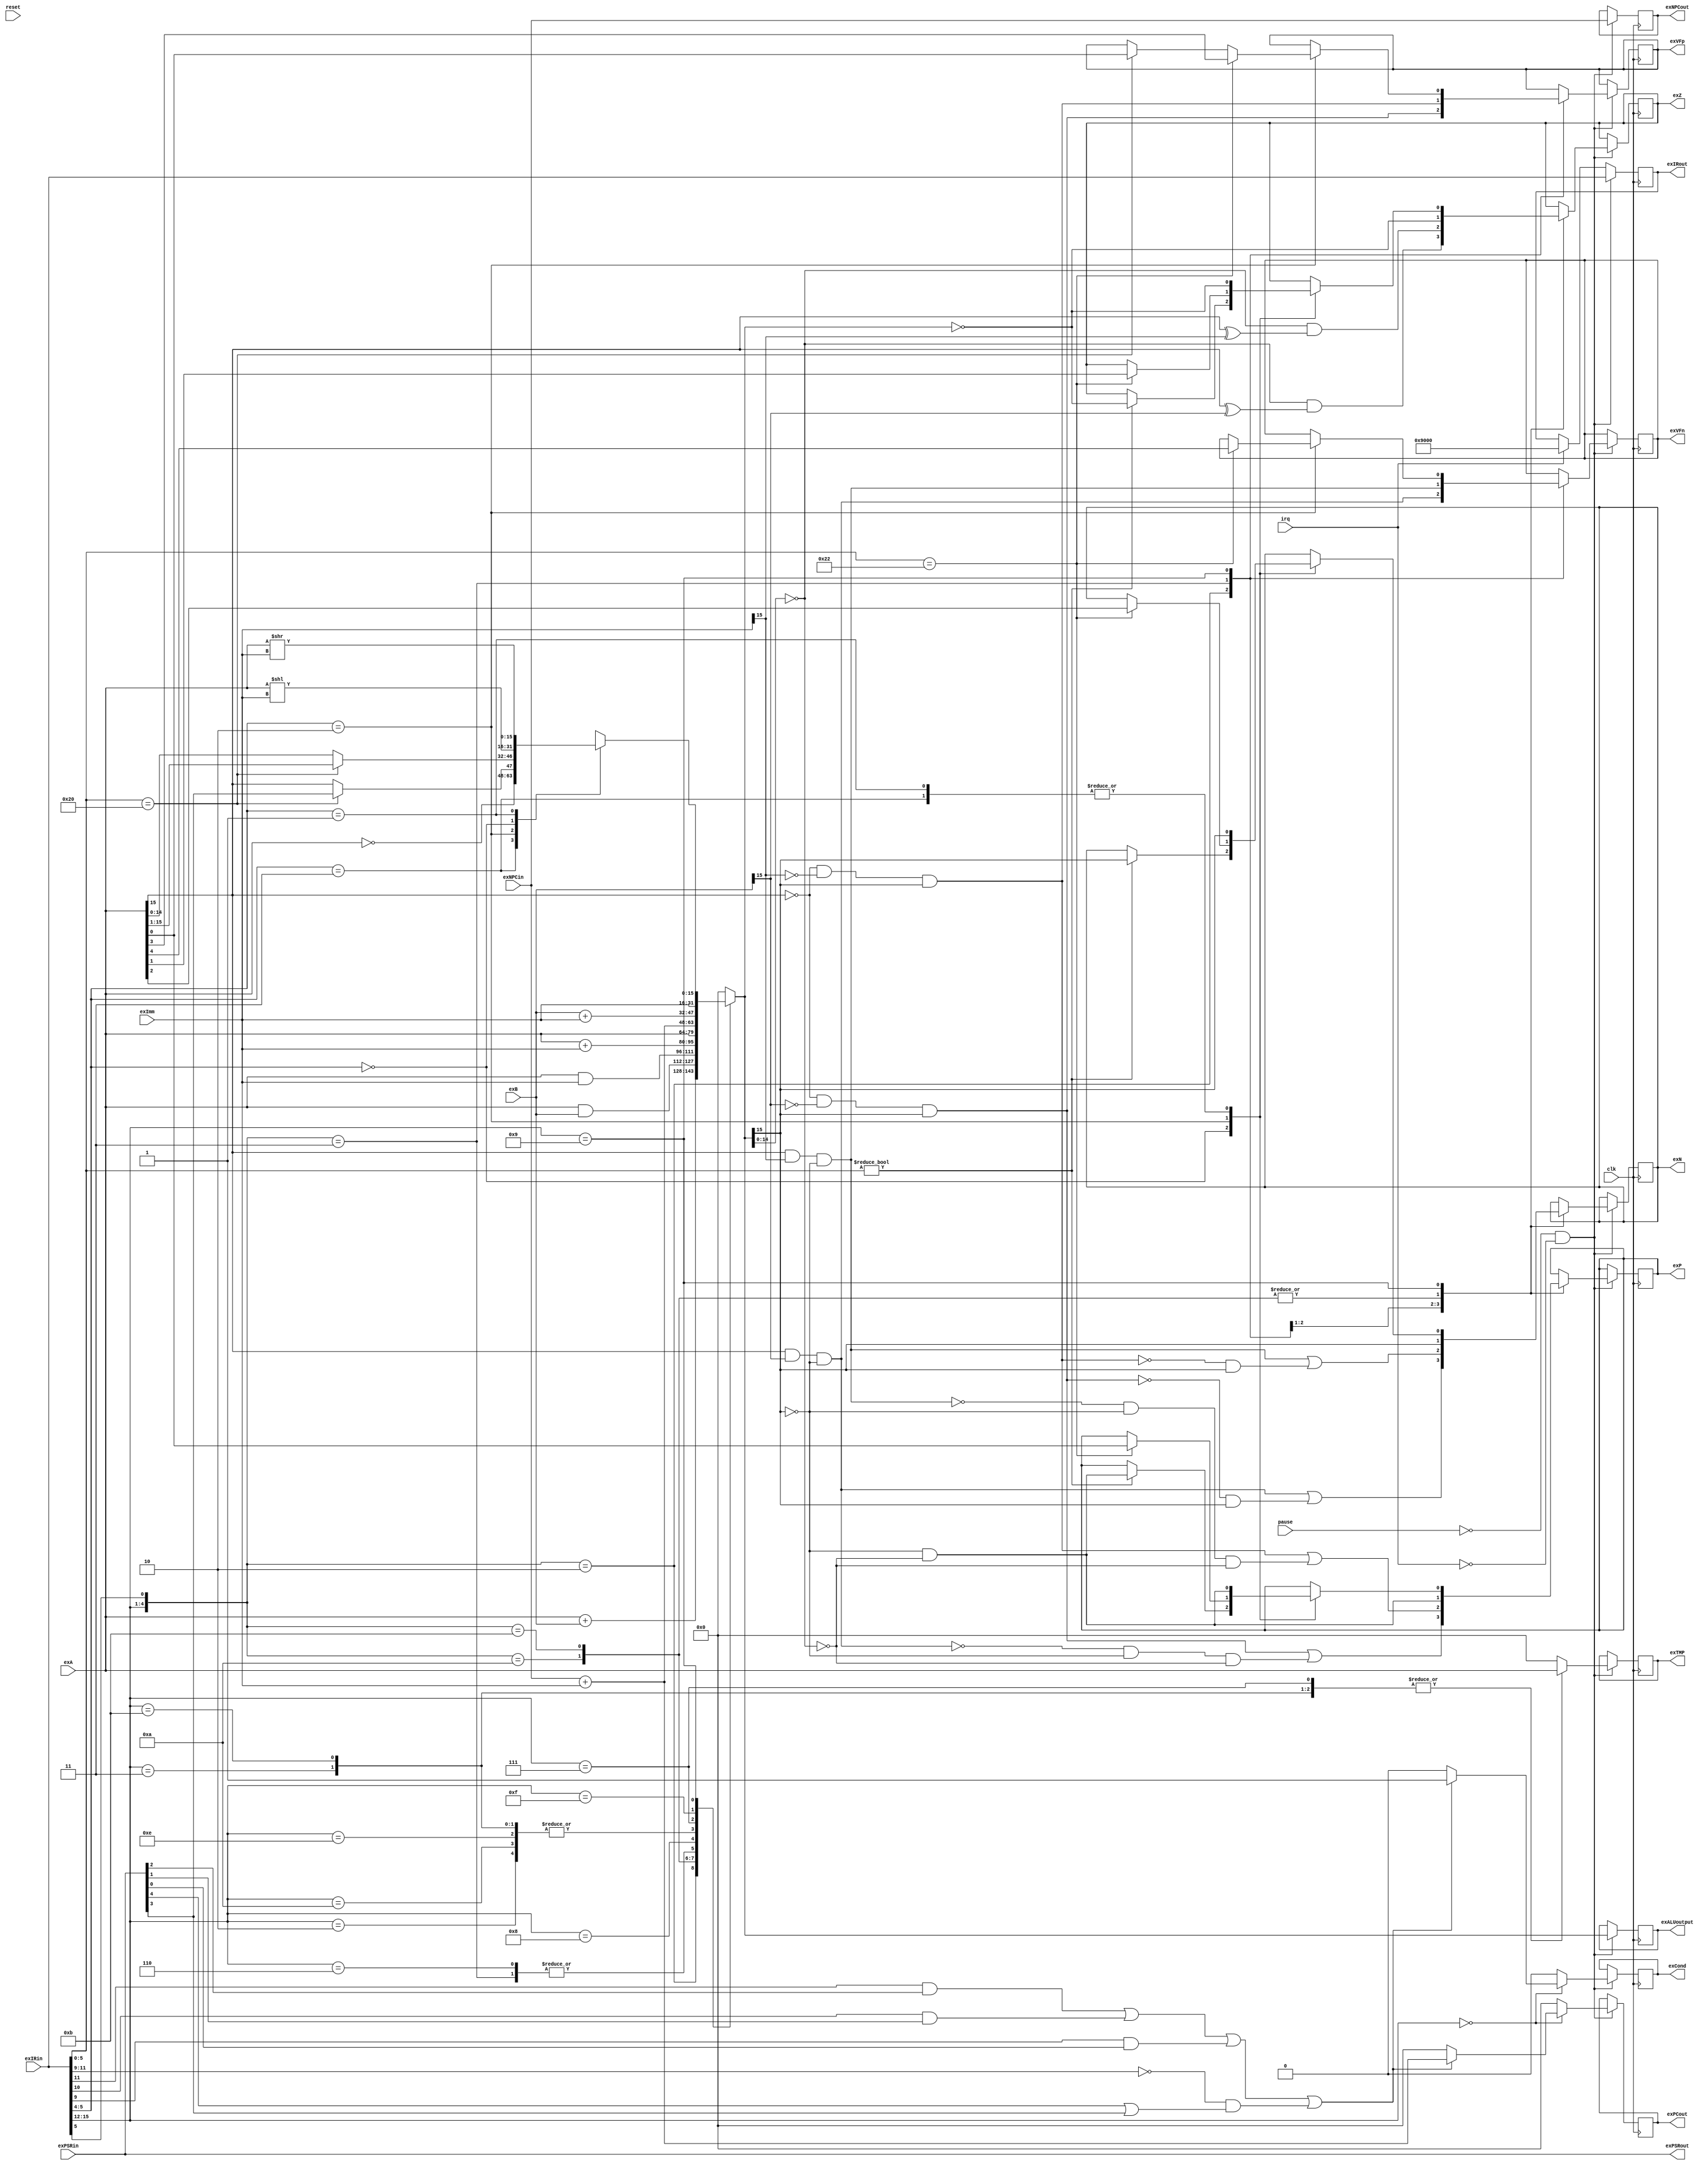
/*
 *   
 * PB10011041  
 */
module EX(clk, reset, irq, pause, exA, exB, exImm, exIRin, exNPCin,
		  exPSRin,	//for BR RRS
		  exIRout, exNPCout, exALUoutput, exTMP,
		  exN, exZ, exP, exVFn, exVFp, exCond, exPCout, exPSRout);

	input clk, reset, irq, pause;
	input [15:0] exA, exB, exImm;
	input [15:0] exIRin, exNPCin;
	input [15:0] exPSRin;
	output [15:0] exIRout, exNPCout;
	output [15:0] exALUoutput, exTMP;
	output exN, exZ, exP, exVFn, exVFp;
	output exCond;
	output [15:0] exPCout;
	
	output [15:0] exPSRout;
	
	assign exPSRout = exPSRin;
	
	reg [15:0] exIRout;
	reg [15:0] exNPCout;
	reg [15:0] result, TMP;
	reg [15:0] exALUoutput, exTMP;
	reg exN, exZ, exP, exVFn, exVFp;
	reg exCond;
	reg [15:0] exPCout;
	reg Cond;
	reg [15:0] PCout;

	always @(posedge clk)
	begin
		if (pause == 1'b0 && irq == 1'b0)
		begin
		exNPCout <= exNPCin;
		exIRout <= exIRin;
		exALUoutput <= result;
		exTMP <= TMP;
		exCond <= Cond;
		exPCout <= PCout;
		casex({exIRin[15:12], exIRin[5]})
			5'b0001_0:		//ADD
			begin
                exVFn  <=    exA[15] &  exB[15] & !result[15];
                exN    <=   (exA[15] &  exB[15] & !result[15])
                       	 | (!(!exA[15] & !exB[15] &  result[15]) & result[15]);
                exVFp  <=    !exA[15] & !exB[15] &  result[15];
                exP    <=   (!exA[15] & !exB[15] &  result[15])  
                         | (!(exA[15] &  exB[15] & !result[15]) & !result[15] & !(result[14:0]==0));     
                exZ    <= (result[14:0]==0) & (exA[15] ^ exB[15]);
			end
			5'b0001_1:		//ADDI
			begin
                exVFn  <=    exA[15] &  exImm[15] & !result[15];
                exN    <=   (exA[15] &  exImm[15] & !result[15])
                       	| (!(!exA[15] & !exImm[15] &  result[15]) & result[15]);
                exVFp  <=    !exA[15] & !exImm[15] &  result[15];
                exP    <=   (!exA[15] & !exImm[15] &  result[15])  
                       	| (!(exA[15] &  exImm[15] & !result[15]) & !result[15] & !(result[14:0]==0));     
                exZ    <= (result[14:0]==0) & (exA[15] ^ exImm[15]);
			end
			5'b0101_0:		//AND
			begin
				exN <= result[15];
             	exZ <= (result[15:0]==0);
             	exP <= !result[15] & !(result[14:0]==0);
			end
			5'b0101_1:		//ANDI
			begin
				exN <= result[15];
             	exZ <= (result[15:0]==0);
             	exP <= !result[15] & !(result[14:0]==0);
			end
			5'b1001_x:
			begin
				case(exIRin[5:4])
				2'b11:		//NOT
				begin
					exN <= result[15];
             		exZ <= (result[15:0]==0);
             		exP <= !result[15] & !(result[14:0]==0);
				end
				2'b00:		//LS NOP
				begin
					if (exIRin[5:0] != 6'b000000)
					begin
						exN <= result[15];
	             		exZ <= (result[15:0]==0);
	             		exP <= !result[15] & !(result[14:0]==0);
					end
				end
				2'b10:		//DPS WPS RRS
				begin		//RRS should consider the PSR
					if (exIRin[5:0] == 6'b100000)	//RRS
					begin
						exVFp <= exA[0];
					end
					if (exIRin[5:0] == 6'b100010)	//WPS
					begin
						exVFn <= exA[4];
						exVFp <= exA[3];
						exN <= exA[2];
						exZ <= exA[1];
						exP <= exA[0];
					end
				end
				2'b01:		//RS
				begin
					exN <= result[15];
             		exZ <= (result[15:0]==0);
             		exP <= !result[15] & !(result[14:0]==0);
				end
				endcase
			end
		endcase
		end
		else if (irq == 1'b1)
			exIRout <= 16'h9000;
	end

	always @(exA or exB or exImm or exIRin or exNPCin or exPSRin)
	begin
		casex({exIRin[15:12], exIRin[5]})
			5'b0001_0:		//ADD
			begin
				Cond = 1'b0;
				PCout = 16'h0;
				result = exA + exB;
				TMP = 16'h0;
			end
			5'b0001_1:		//ADDI
			begin
				Cond = 1'b0;
				PCout = 16'h0;
				result = exA + exImm;
				TMP = 16'h0;
			end
			5'b0101_0:		//AND
			begin
				Cond = 1'b0;
				PCout = 16'h0;
				result = exA & exB;
				TMP = 16'h0;
			end
			5'b0101_1:		//ANDI
			begin
				Cond = 1'b0;
				PCout = 16'h0;
				result = exA & exImm;
				TMP = 16'h0;
			end
			5'b0000_x:	//BR
			begin
				TMP = 16'h0;
				result = 16'h0;
				if ((exIRin[11] == 1'b1 && exPSRin[2] == 1'b1) 
						 || (exIRin[10] == 1'b1 && exPSRin[1] == 1'b1) 
						 || (exIRin[9] == 1'b1 && exPSRin[0] == 1'b1)
			         	 || ((exIRin[11:9] == 3'b000) && (exPSRin[4] == 1'b1 || exPSRin[3] == 1'b1))
						)
					begin
						Cond = 1'b1;
						PCout = exNPCin + exImm;
					end
				else
					begin
						Cond = 1'b0;
						PCout = 16'h0;
					end
			end
			5'b0010_x:	//LD
			begin
				Cond = 1'b0;
				PCout = 16'h0;
				result = exNPCin + exImm;
				TMP = 16'h0;
			end
			5'b1010_x:	//LDI
			begin
				Cond = 1'b0;
				PCout = 16'h0;
				result = exNPCin + exImm;
				TMP = 16'h0;
			end
			5'b0110_x:	//LDR
			begin
				Cond = 1'b0;
				PCout = 16'h0;
				result = exA + exImm;
				TMP = 16'h0;
			end
			5'b1110_x:	//LEA
			begin
				Cond = 1'b0;
				PCout = 16'h0;
				result = exNPCin + exImm;
				TMP = 16'h0;
			end
			5'b1000_x:	//RTI
			begin
				Cond = 1'b0;
				PCout = 16'h0;
				result = exA;
				TMP = 16'h0;
			end
			5'b0011_x:	//ST
			begin
				Cond = 1'b0;
				PCout = 16'h0;
				result = exNPCin + exImm;
				TMP = exA;		
			end
			5'b1011_x:	//STI
			begin
				Cond = 1'b0;
				PCout = 16'h0;
				result = exNPCin + exImm;
				TMP = exA;
			end
			5'b0111_x:	//STR
			begin
				Cond = 1'b0;
				PCout = 16'h0;
				result = exB + exImm;
				TMP = exA;
			end
			5'b1111_x:	//TRAP
			begin
				Cond = 1'b0;
				PCout = 16'h0;
				result = exImm;
				TMP = 16'h0;
			end
			5'b1001_x:
			begin
				TMP = 16'h0;
				Cond = 1'b0;
				PCout = 16'h0;
				case(exIRin[5:4])
				2'b11:		//NOT
				begin
					result = ~exA;
				end
				2'b10:		//DPS WPS RRS
				begin		//RRS should consider the PSR
					if (exIRin[5:0] == 6'b100000)	//RRS
					begin
						result[15] = exPSRin[3];
						result[14:0] = exA[15:1];
						// VFp <= exA[0];   
					end
					else
					begin
						result = exA;
					end
				end
				2'b00:		//LS NOP
				begin
					result = exA << exImm;
				end
				2'b01:		//RS
				begin
					result = exA >> exImm;
				end
				endcase
			end
			default:		//JMP RET JSR JSRR BR
			begin
				Cond = 1'b0;
				PCout = 16'h0;
				result = 16'h0;
				TMP = 16'h0;
			end
		endcase
	end
endmodule